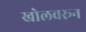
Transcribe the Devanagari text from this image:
खोलवरून